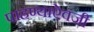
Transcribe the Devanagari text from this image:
पाहण्याऐवजी